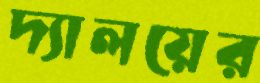
দ্যালয়ের